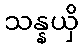
သန္နယှိ